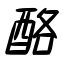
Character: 酪